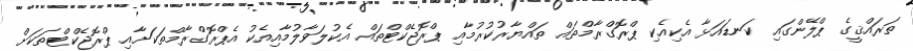
ތަރައްޤީގެ ޕްލޭންގައި ކަނޑައަޅާ އެކިއެކި ޕްރޮގްރާމްތައް ތައްޔާރުކުރުމާއި ޕްރޮޖެކްޓްތައް އެކުލަވާލުމާއިއެކު އެޕްރޮގްރާމްތަކަށާއި ޕްރޮޖެކްޓްތަކަށް